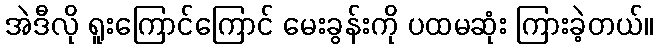
အဲဒီလို ရူးကြောင်ကြောင် မေးခွန်းကို ပထမဆုံး ကြားခဲ့တယ်။